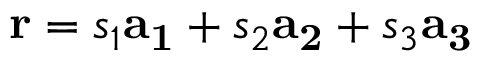
\mathbf { r } = s _ { 1 } \mathbf { a _ { 1 } } + s _ { 2 } \mathbf { a _ { 2 } } + s _ { 3 } \mathbf { a _ { 3 } }